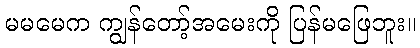
မမမေက ကျွန်တော့်အမေးကို ပြန်မဖြေဘူး။